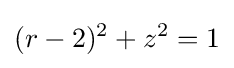
(r-2)^{2}+z^{2}=1